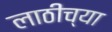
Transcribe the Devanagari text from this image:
लाठीच्या